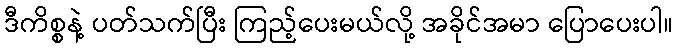
ဒီကိစ္စနဲ့ ပတ်သက်ပြီး ကြည့်ပေးမယ်လို့ အခိုင်အမာ ပြောပေးပါ။